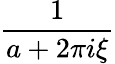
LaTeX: \frac{1}{a+2\pi i\xi}